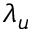
\lambda _ { u }